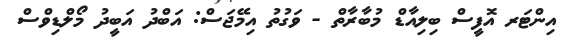
އިންޓަރ އޮފީސް ބިލިއާޑް މުބާރާތް - ވަގުތު އިމޭޖަސް: އަބްދު އަބީދު މޯލްޑިވްސް